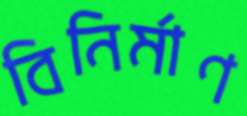
বিনির্মাণ